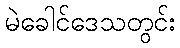
မဲခေါင်ဒေသတွင်း